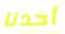
أحدنا